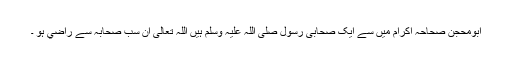
ابومحجن صحاحہ اکرام میں سے ایک صحابی رسول صلی اللہ علیہ وسلم ہیں اللہ تعالی ان سب صحابہ سے راضي ہو ۔